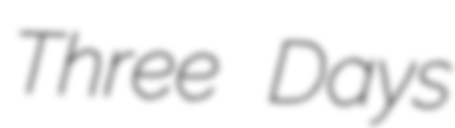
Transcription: Three Days